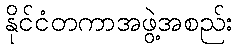
နိုင်ငံတကာအဖွဲ့အစည်း